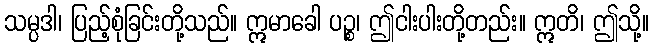
သမ္ပဒါ၊ ပြည့်စုံခြင်းတို့သည်။ ဣမာခေါ ပဉ္စ၊ ဤငါးပါးတို့တည်း။ ဣတိ၊ ဤသို့။